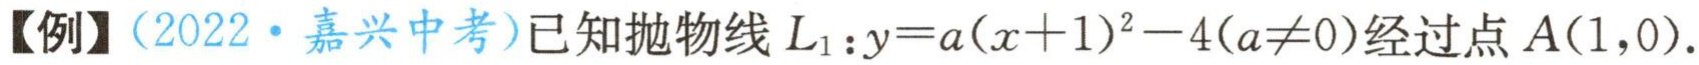
【例】（2022·嘉兴中考）已知抛物线\(L_{1}:y = a(x + 1)^{2}-4(a\neq0)\)经过点\(A(1,0)\).